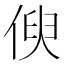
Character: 𠋟